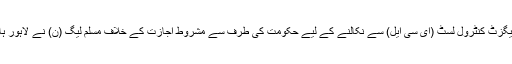
تین دن قبل نواز شریف کا نام ایگزٹ کنٹرول لسٹ (ای سی ایل) سے نکالنے کے لیے حکومت کی طرف سے مشروط اجازت کے خلاف مسلم لیگ (ن) نے لاہور ہائی کورٹ سے رجوع کیا تھا۔